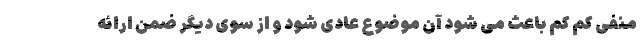
منفی کم کم باعث می شود آن موضوع عادی شود و از سوی دیگر ضمن ارائه